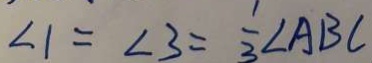
\angle 1 = \angle 3 = \frac { 1 } { 3 } \angle A B C